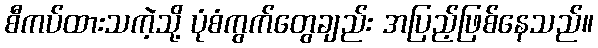
စီကပ်ထားသကဲ့သို့ ပုံစံကွက်တွေချည်း အပြည့်ဖြစ်နေသည်။